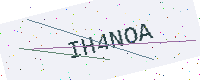
Text: IH4NOA